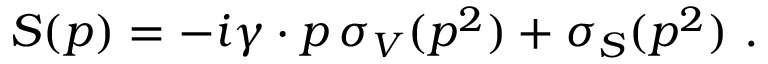
S ( p ) = - i \gamma \cdot p \, \sigma _ { V } ( p ^ { 2 } ) + \sigma _ { S } ( p ^ { 2 } ) ~ .